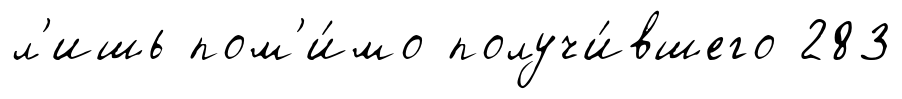
л'ишь пом'и́мо получи́вшего 283